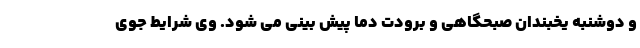
و دوشنبه یخبندان صبحگاهی و برودت دما پیش بینی می شود. وی شرایط جوی